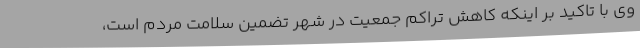
وی با تاکید بر اینکه کاهش تراکم جمعیت در شهر تضمین سلامت مردم است،